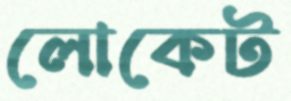
লোকেট